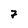
Character: 7